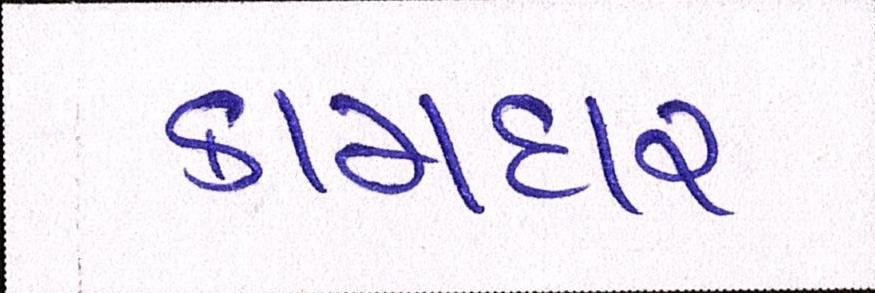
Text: કામદાર